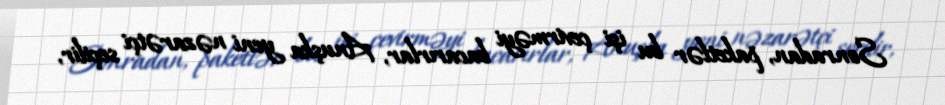
Sonradan, paketlər bu işi çevirməyi bacarırlar, Anuşka yeni nəzarətçi seçilir,